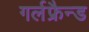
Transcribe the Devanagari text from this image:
गर्लफ्रैन्ड